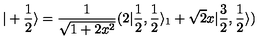
| + \frac { 1 } { 2 } \rangle = \frac { 1 } { \sqrt { 1 + 2 x ^ { 2 } } } ( 2 | \frac { 1 } { 2 } , \frac { 1 } { 2 } \rangle _ { 1 } + \sqrt { 2 } x | \frac { 3 } { 2 } , \frac { 1 } { 2 } \rangle )